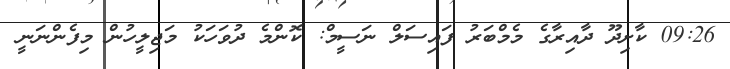
09:26 ކާށިދޫ ދާއިރާގެ މެމްބަރު ފައިސަލް ނަސީމް: ކޮންމެ ދުވަހަކު މަޖިލީހުން މިފެންނަނީ